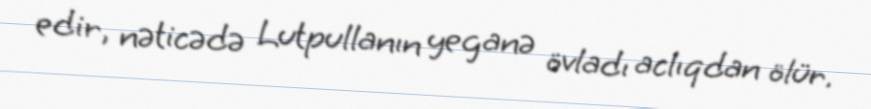
edir, nəticədə Lutpullanın yeganə övladı aclıqdan ölür.